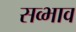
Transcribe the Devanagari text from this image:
सव्भाव